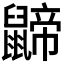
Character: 𪕬